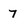
Character: 7